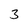
Character: 3